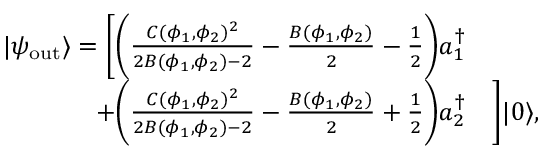
\begin{array} { r l } { | \psi _ { \mathrm { o u t } } \rangle = \bigg [ \bigg ( \frac { C ( \phi _ { 1 } , \phi _ { 2 } ) ^ { 2 } } { 2 B ( \phi _ { 1 } , \phi _ { 2 } ) - 2 } - \frac { B ( \phi _ { 1 } , \phi _ { 2 } ) } { 2 } - \frac 1 2 \bigg ) a _ { 1 } ^ { \dagger } } & { } \\ { + \bigg ( \frac { C ( \phi _ { 1 } , \phi _ { 2 } ) ^ { 2 } } { 2 B ( \phi _ { 1 } , \phi _ { 2 } ) - 2 } - \frac { B ( \phi _ { 1 } , \phi _ { 2 } ) } { 2 } + \frac 1 2 \bigg ) a _ { 2 } ^ { \dagger } } & { \bigg ] | 0 \rangle , } \end{array}